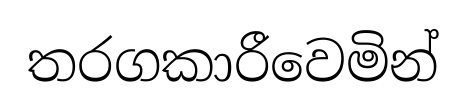
තරගකාරීවෙමින්